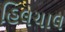
હિલચાલ